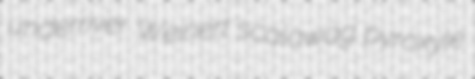
underriver Weinert scalawag pyroxyle